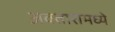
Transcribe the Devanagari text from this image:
अवतारामध्ये